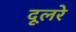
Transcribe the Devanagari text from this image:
दूलरे